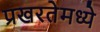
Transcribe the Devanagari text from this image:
प्रखरतेमध्ये